Indian journal of veterinary science and animal husbandry - Volumes 24-25, 1954-1955
Year: 1954
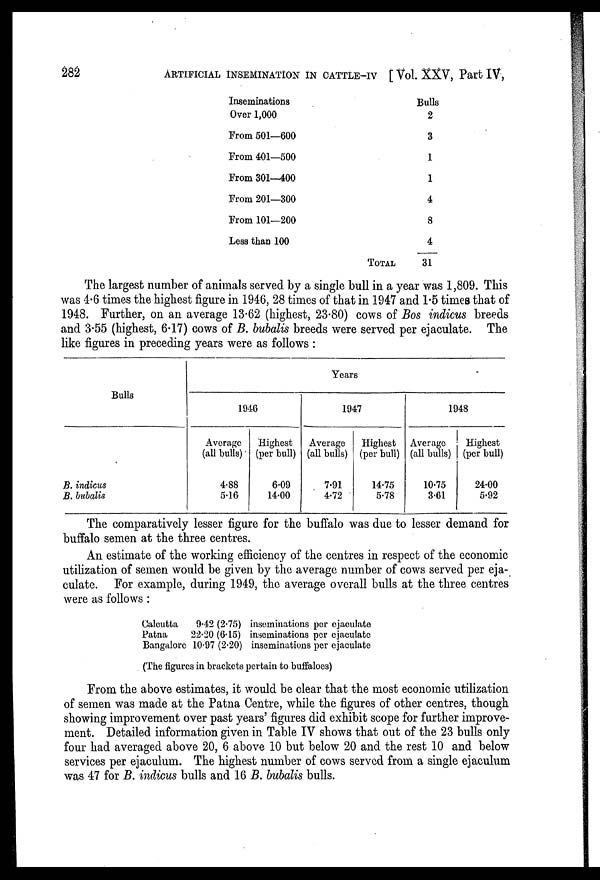
282
ARTIFICIAL INSEMINATION IN CATTLE-IV [Vol. XXV, Part IV,
Inseminations
Over 1,000
From 501—600
From 401—500
From 301—400
From 201—300
From 101—200
Less than 100
Bulls
2
3
1
1
4
8
4
TOTAL
31
The largest number of animals served by a single bull in a year was 1,809. This
was 4.6 times the highest figure in 1946, 28 times of that in 1947 and 1.5 times that of
1948. Further, on an average 13.62 (highest, 23.80) cows of Bos indicus breeds
and 3.55 (highest, 6.17) cows of B. bubalis breeds were served per ejaculate. The
like figures in preceding years were as follows :
Bulls
B. indicus
B. bubalis
Years
1946
Average
(all bulls)
4.88
5.16
Highest
(per bull)
6.09
14.00
1947
Average
(all bulls)
7.91
4.72
Highest
(per bull)
14.75
5.78
1948
Average
(all bulls)
10.75
3.61
Highest
(per bull)
24.00
5.92
The comparatively lesser figure for the buffalo was due to lesser demand for
buffalo semen at the three centres.
An estimate of the working efficiency of the centres in respect of the economic
utilization of semen would be given by the average number of cows served per eja-
culate. For example, during 1949, the average overall bulls at the three centres
were as follows :
Calcutta
9.42 (2.75) inseminations per ejaculate
Patna
22.20 (6.15) inseminations per ejaculate
Bangalore 10.97 (2.20) inseminations per ejaculate
(The figures in brackets pertain to buffaloes)
From the above estimates, it would be clear that the most economic utilization
of semen was made at the Patna Centre, while the figures of other centres, though
showing improvement over past years' figures did exhibit scope for further improve-
ment. Detailed information given in Table IV shows that out of the 23 bulls only
four had averaged above 20, 6 above 10 but below 20 and the rest 10 and below
services per ejaculum. The highest number of cows served from a single ejaculum
was 47 for B. indicus bulls and 16 B. bubalis bulls.